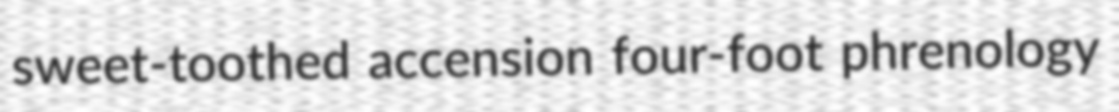
sweet-toothed accension four-foot phrenology